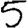
Digit: 5